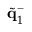
\tilde { \bf q } _ { 1 } ^ { - }